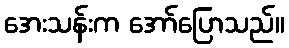
အေးသန်းက အော်ပြောသည်။